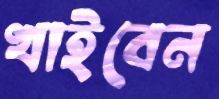
খাইবেন